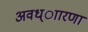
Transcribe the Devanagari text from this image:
अवध्ाारणा